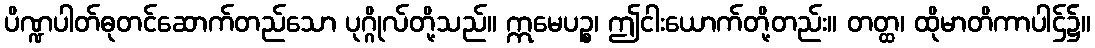
ပိဏ္ဍပါတ်ဓုတင်ဆောက်တည်သော ပုဂ္ဂိုလ်တို့သည်။ ဣမေပဉ္စ၊ ဤငါးယောက်တို့တည်း။ တတ္ထ၊ ထိုမာတိကာပါဌ်၌။